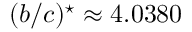
( b / c ) ^ { \star } \approx 4 . 0 3 8 0